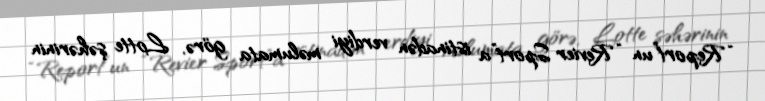
“Report”un “Revier Sport”a istinadən verdiyi məlumata görə, Lotte şəhərinin